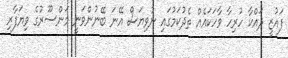
ފައުޒީ ދައްކާ ހުރިހާ ވާހަކައެއް ތެދުކަމުގައި ނުވިޔަސް އޭނަ ބޭނުންވަނީ މަންސޫރުގެ ވިޔަފާރި